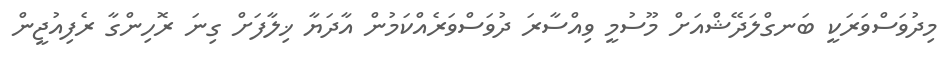
މިދުވަސްވަރަކީ ބަނގްލަދޭޝްއަށް މޫސުމީ ވިއްސާރަ ދުވަސްވަރެއްކަމުން އާދަޔާ ޚިލާފަށް ގިނަ ރޮހިންގާ ރެފިއުޖީން